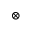
\otimes